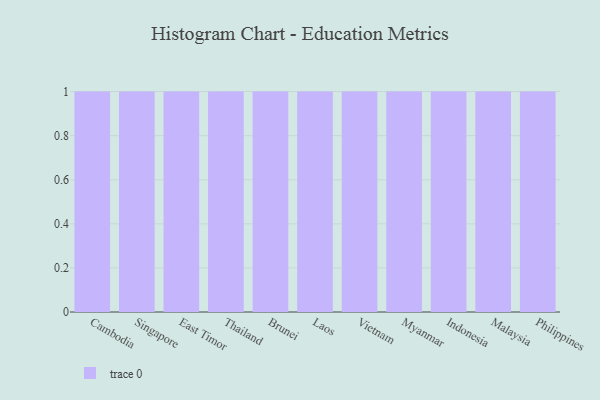
{"axis": {"x": "Country", "y": "Churn Rate (%)"}, "legend": [""], "data": [{"x": "Cambodia", "y": 7, "type": ""}, {"x": "Singapore", "y": 10, "type": ""}, {"x": "East Timor", "y": 21, "type": ""}, {"x": "Thailand", "y": 10, "type": ""}, {"x": "Brunei", "y": 36, "type": ""}, {"x": "Laos", "y": 84, "type": ""}, {"x": "Vietnam", "y": 4, "type": ""}, {"x": "Myanmar", "y": 88, "type": ""}, {"x": "Indonesia", "y": 40, "type": ""}, {"x": "Malaysia", "y": 94, "type": ""}, {"x": "Philippines", "y": 56, "type": ""}]}